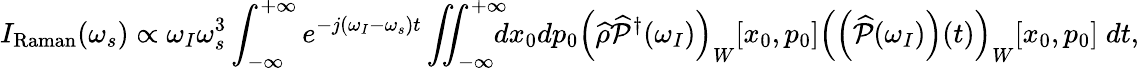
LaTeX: I_{\mathrm{Raman}}(\omega_{s})\propto\omega_{I}\omega_{s}^{3}\int_{-\infty}^{+\infty}e^{-j(\omega_{I}-\omega_{s})t}\iint_{-\infty}^{+\infty}\! \! \! \! dx_{0}dp_{0}\left(\widehat{\rho}\widehat{\mathcal{P}}^{\dagger}(\omega_{I})\right)_{W}[x_{0},p_{0}]\left(\left(\widehat{\mathcal{P}}(\omega_{I})\right)(t)\right)_{W}[x_{0},p_{0}]\; dt,